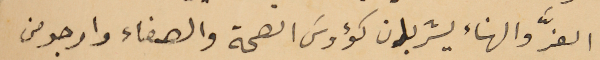
العزَّ والهناء يشربان كؤوسَ الصحة والصفاء وارجو من